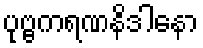
ပုဗ္ဗကရဏနိဒါနော